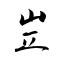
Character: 岦